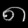
Digit: ၈